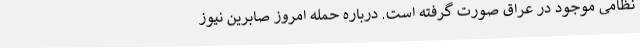
نظامی موجود در عراق صورت گرفته است. درباره حمله امروز صابرین نیوز